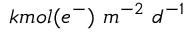
k m o l ( e ^ { - } ) \ m ^ { - 2 } \ d ^ { - 1 }